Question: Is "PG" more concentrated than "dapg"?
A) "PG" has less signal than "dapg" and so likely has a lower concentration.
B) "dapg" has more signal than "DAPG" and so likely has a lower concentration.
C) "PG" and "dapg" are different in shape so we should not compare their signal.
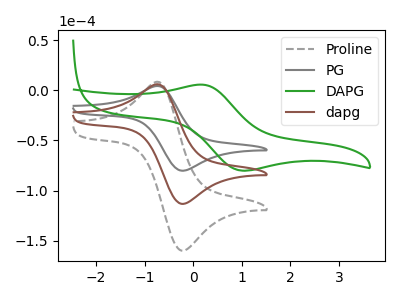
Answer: <think>The gray dashed curve "Proline" has an anodic peak at (-0.70V, 11.35uA) and a cathodic peak at (-0.20V, -226.75uA). The gray curve "PG" has an anodic peak at (-0.70V, 4.00uA) and a cathodic peak at (-0.20V, -80.30uA). The green curve "DAPG" has an anodic peak at (0.15V, 5.60uA) and a cathodic peak at (1.00V, -80.20uA). The brown curve "dapg" has an anodic peak at (-0.70V, 5.65uA) and a cathodic peak at (-0.20V, -113.35uA).
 All the peaks in "PG" have a peak in "dapg" at the same potential. Every peak in "PG" is lower than every peak in "dapg".</think>
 <answer>A) "PG" has less signal than "dapg" and so likely has a lower concentration.</answer>
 <eval>A</eval>